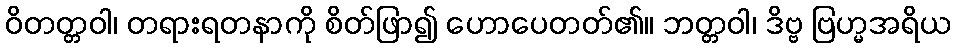
ဝိတတ္တဝါ၊ တရားရတနာကို စိတ်ဖြာ၍ ဟောပေတတ်၏။ ဘတ္တဝါ၊ ဒိဗ္ဗ ဗြဟ္မအရိယ